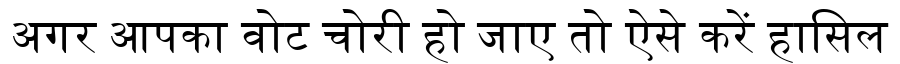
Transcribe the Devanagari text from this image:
अगर आपका वोट चोरी हो जाए तो ऐसे करें हासिल